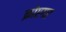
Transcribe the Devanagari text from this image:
क्रोएगर